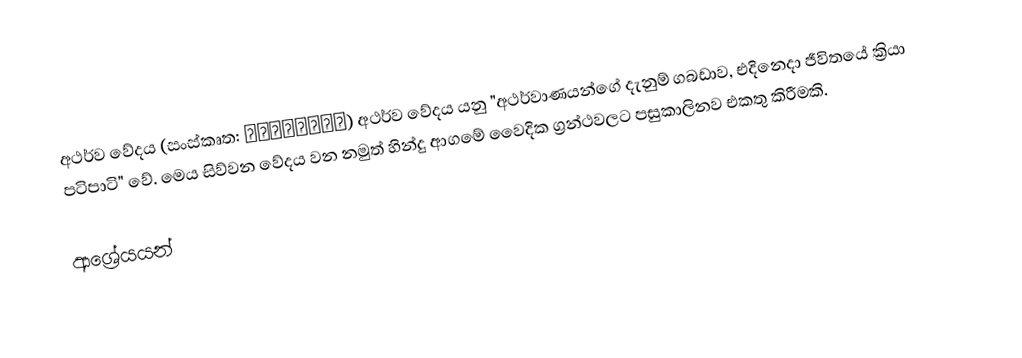
අථර්ව වේදය (සංස්කෘත: अथर्ववेद) අථර්ව වේදය යනු "අථර්වාණයන්ගේ දැනුම් ගබඩාව, එදිනෙදා ජීවිතයේ ක්‍රියා පටිපාටි" වේ. මෙය සිව්වන වේදය වන නමුත් හින්දු ආගමේ වෛදික ග්‍රන්ථවලට පසුකාලිනව එකතු කිරීමකි.

ආශ්‍රේයයන්